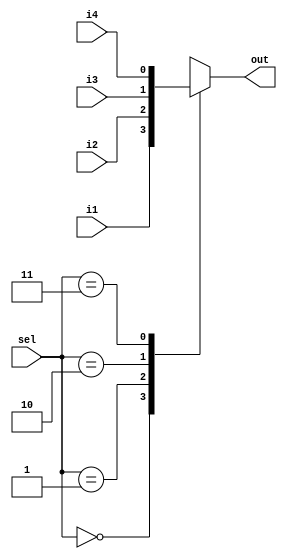
`timescale 1ns / 1ps
//////////////////////////////////////////////////////////////////////////////////
// Company: 
// Engineer: 
// 
// Design Name: 	
// Module Name:    mux_4_1_behavioral 
// Project Name:   DVHW1
// Target Devices: 
// Tool versions: 
// Description: 
//	4 to 1 multiplexer
// Dependencies: 
//
// Revision: 
// Revision 0.01 - File Created
// Additional Comments: 
//
// 4x1 MUX operation -
// A high when i1 and i2 low
// B high when i2 low i1 high
// C high when i2 high i1 low
// D high when i2 high i1 high
//
//////////////////////////////////////////////////////////////////////////////////
module mux_4_1_behavioral(i1, i2, i3, i4, sel, out);
	input i1, i2, i3, i4;
	input [1:0] sel;
	output out;
	reg out;
	
	always @(i1 or i2 or i3 or i4 or sel)
	begin
		case( sel )
			2'b00:	out = i1;
			2'b01:	out = i2;
			2'b10:	out = i3;
			2'b11:	out = i4;
			default:	out = 0;
		endcase
	end

endmodule